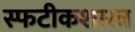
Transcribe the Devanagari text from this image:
स्फटीकशास्त्र